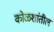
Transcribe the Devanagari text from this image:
कोळशांतील